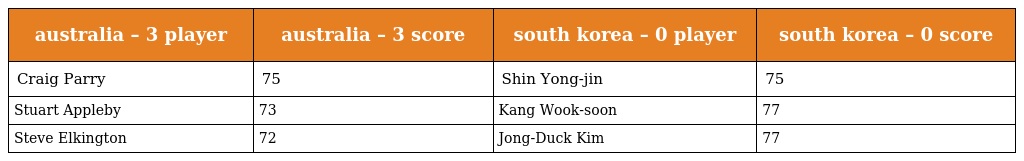
| australia – 3 player | australia – 3 score | south korea – 0 player | south korea – 0 score |
 | --- | --- | --- | --- |
 | Craig Parry | 75 | Shin Yong-jin | 75 |
 | Stuart Appleby | 73 | Kang Wook-soon | 77 |
 | Steve Elkington | 72 | Jong-Duck Kim | 77 |